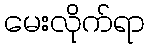
မေးလိုက်ရာ